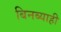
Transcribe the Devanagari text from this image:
बिनब्याही